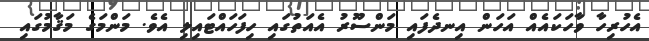
އެހުރިހާ ވާހަކައެއް އަހަން އިނދެފައި މަންސޫރު އެއަތުގައި ހިފަހައްޓައިލި އެވެ. މަންމަގެ މަޤާމުގައި